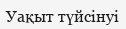
Уақыт түйсінуі